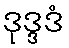
ဒုဒ္ဒဒံ